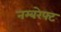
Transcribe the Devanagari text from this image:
नम्बरेफ्ट